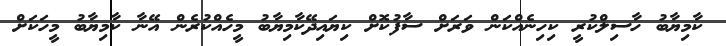
ކާމިޔާބު ހާސިލްކުރީ ކިހިނެއްކަން ވަރަށް ސާފުކޮށް ކިޔައިދޭކާމިޔާބު މީހެއްކުރެން އޭނާ ކާމިޔާބު މީހަކަށް